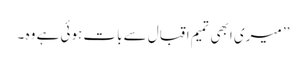
’’ میری ابھی تمیم اقبال سے بات ہوئی ہے وہ ۔